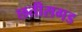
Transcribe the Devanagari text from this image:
छतीसगड